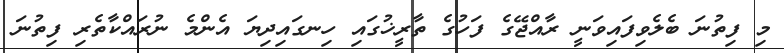
މި ފިތުނަ ބެލެވިފައިވަނީ ރާއްޖޭގެ ފަހުގެ ތާރީޚުގައި ހިނގައިދިޔަ އެންމެ ނުރައްކާތެރި ފިތުނަ